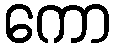
ကော